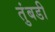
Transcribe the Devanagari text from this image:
तुंबडी